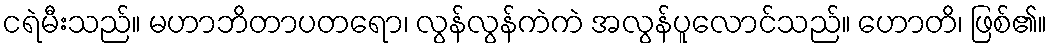
ငရဲမီးသည်။ မဟာဘိတာပတရော၊ လွန်လွန်ကဲကဲ အလွန်ပူလောင်သည်။ ဟောတိ၊ ဖြစ်၏။